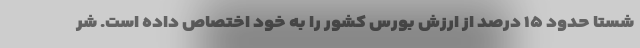
شستا حدود ۱۵ درصد از ارزش بورس کشور را به خود اختصاص داده است. شر